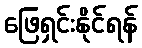
ဖြေရှင်းနိုင်ရန်